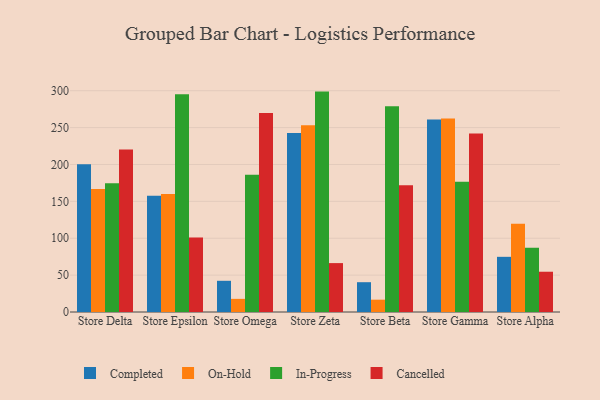
{"axis": {"x": "Store", "y": "Churn Rate (%)"}, "legend": ["Cancelled", "Completed", "In-Progress", "On-Hold"], "data": [{"x": "Store Delta", "y": 200.4, "type": "Completed"}, {"x": "Store Delta", "y": 166.6, "type": "On-Hold"}, {"x": "Store Delta", "y": 174.7, "type": "In-Progress"}, {"x": "Store Delta", "y": 220.3, "type": "Cancelled"}, {"x": "Store Epsilon", "y": 157.5, "type": "Completed"}, {"x": "Store Epsilon", "y": 160.0, "type": "On-Hold"}, {"x": "Store Epsilon", "y": 295.1, "type": "In-Progress"}, {"x": "Store Epsilon", "y": 101.0, "type": "Cancelled"}, {"x": "Store Omega", "y": 42.3, "type": "Completed"}, {"x": "Store Omega", "y": 17.8, "type": "On-Hold"}, {"x": "Store Omega", "y": 186.1, "type": "In-Progress"}, {"x": "Store Omega", "y": 269.9, "type": "Cancelled"}, {"x": "Store Zeta", "y": 242.7, "type": "Completed"}, {"x": "Store Zeta", "y": 253.2, "type": "On-Hold"}, {"x": "Store Zeta", "y": 298.8, "type": "In-Progress"}, {"x": "Store Zeta", "y": 66.3, "type": "Cancelled"}, {"x": "Store Beta", "y": 40.4, "type": "Completed"}, {"x": "Store Beta", "y": 16.7, "type": "On-Hold"}, {"x": "Store Beta", "y": 278.8, "type": "In-Progress"}, {"x": "Store Beta", "y": 171.7, "type": "Cancelled"}, {"x": "Store Gamma", "y": 261.1, "type": "Completed"}, {"x": "Store Gamma", "y": 262.2, "type": "On-Hold"}, {"x": "Store Gamma", "y": 176.6, "type": "In-Progress"}, {"x": "Store Gamma", "y": 241.9, "type": "Cancelled"}, {"x": "Store Alpha", "y": 74.8, "type": "Completed"}, {"x": "Store Alpha", "y": 119.7, "type": "On-Hold"}, {"x": "Store Alpha", "y": 87.2, "type": "In-Progress"}, {"x": "Store Alpha", "y": 54.6, "type": "Cancelled"}]}